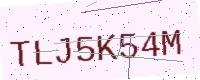
Text: TLJ5K54M